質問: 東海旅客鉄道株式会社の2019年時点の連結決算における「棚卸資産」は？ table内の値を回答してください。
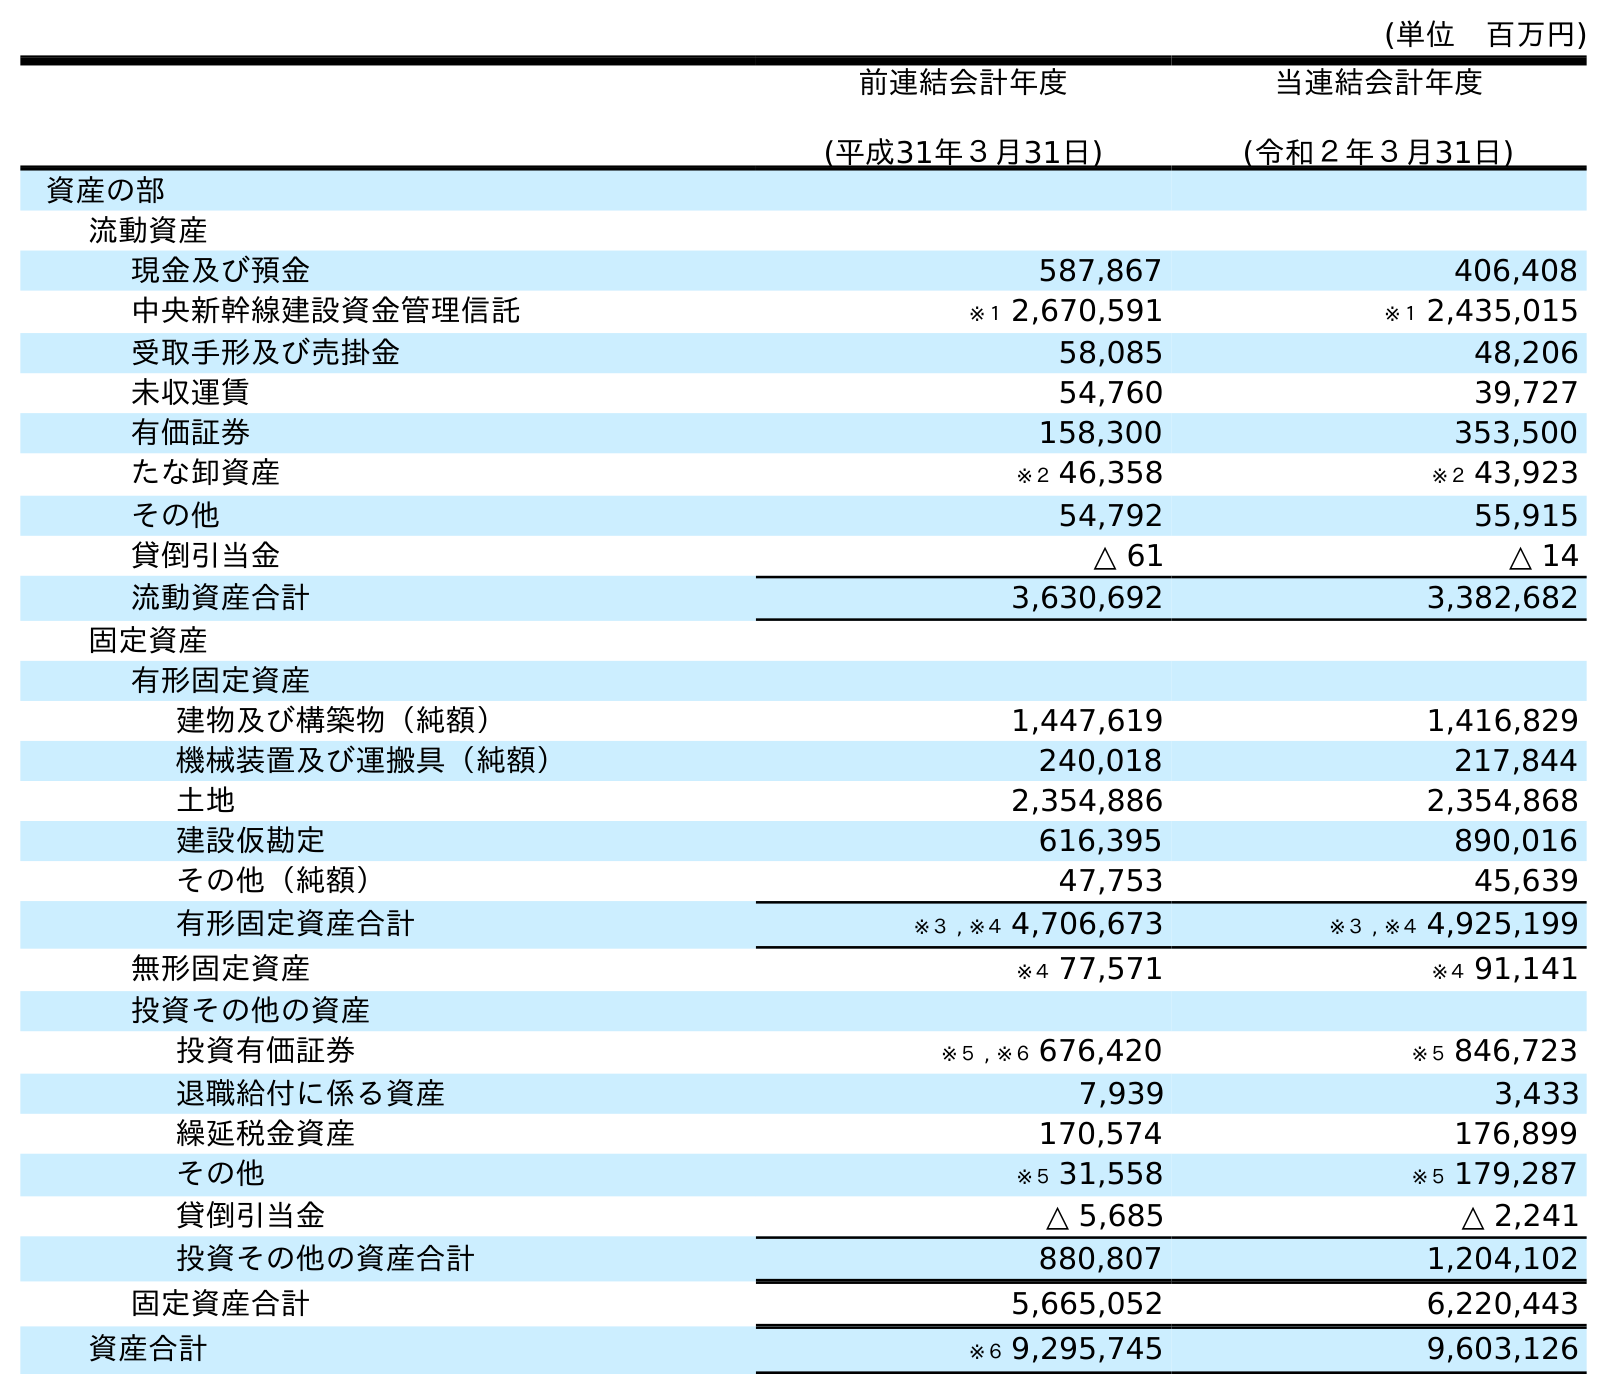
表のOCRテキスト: (単位 百万円) 前連結会計年度 (平成31年３月31日) 当連結会計年度 (令和２年３月31日) 資産の部 流動資産 現金及び預金 587,867 406,408 中央新幹線建設資金管理信託 ※１ 2,670,591 ※１ 2,435,015 受取手形及び売掛金 58,085 48,206 未収運賃 54,760 39,727 有価証券 158,300 353,500 たな卸資産 ※２ 46,358 ※２ 43,923 その他 54,792 55,915 貸倒引当金 △ 61 △ 14 流動資産合計 3,630,692 3,382,682 固定資産 有形固定資産 建物及び構築物（純額） 1,447,619 1,416,829 機械装置及び運搬具（純額） 240,018 217,844 土地 2,354,886 2,354,868 建設仮勘定 616,395 890,016 その他（純額） 47,753 45,639 有形固定資産合計 ※３ , ※４ 4,706,673 ※３ , ※４ 4,925,199 無形固定資産 ※４ 77,571 ※４ 91,141 投資その他の資産 投資有価証券 ※５ , ※６ 676,420 ※５ 846,723 退職給付に係る資産 7,939 3,433 繰延税金資産 170,574 176,899 その他 ※５ 31,558 ※５ 179,287 貸倒引当金 △ 5,685 △ 2,241 投資その他の資産合計 880,807 1,204,102 固定資産合計 5,665,052 6,220,443 資産合計 ※６ 9,295,745 9,603,126
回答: ※２46,358